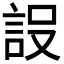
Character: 𮘂